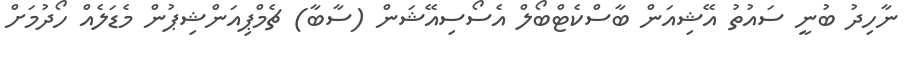
ނާހިދު ބުނީ ސައުތު އޭޝިއަން ބާސްކެޓްބޯލް އެސޯސިއޭޝަން (ސާބާ) ޗެމްޕިއަންޝިޕުން މެޑަލެއް ހޯދުމަށް